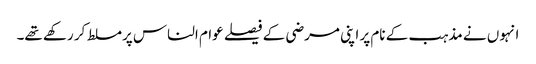
انہوں نے مذہب کے نام پر اپنی مرضی کے فیصلے عوام الناس پرمسلط کر رکھے تھے۔